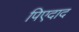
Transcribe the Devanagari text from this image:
पिएदाद